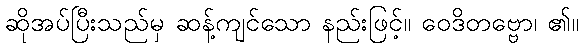
ဆိုအပ်ပြီးသည်မှ ဆန့်ကျင်သော နည်းဖြင့်။ ဝေဒိတဗ္ဗော၊ ၏။